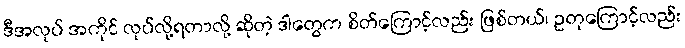
ဒီအလုပ် အကိုင် လုပ်လို့ရတာလို့ ဆိုတဲ့ ဒါတွေက စိတ်ကြောင့်လည်း ဖြစ်တယ်၊ ဥတုကြောင့်လည်း